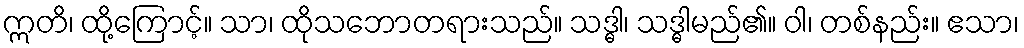
ဣတိ၊ ထို့ကြောင့်။ သာ၊ ထိုသဘောတရားသည်။ သဒ္ဓါ၊ သဒ္ဓါမည်၏။ ဝါ၊ တစ်နည်း။ ဧသာ၊